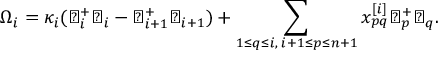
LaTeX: \Omega _ { i } = \kappa _ { i } ( \flat _ { i } ^ { + } \flat _ { i } - \flat _ { i + 1 } ^ { + } \flat _ { i + 1 } ) + \sum _ { 1 \leq q \leq i , \; i + 1 \leq p \leq n + 1 } x _ { p q } ^ { [ i ] } \flat _ { p } ^ { + } \flat _ { q } .